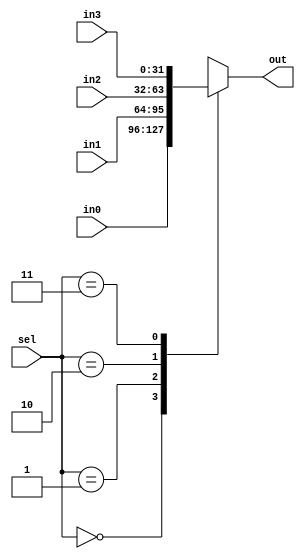
module mux_2_4 #(
    parameter WIDTH = 32
) (
    input [WIDTH-1:0] in0, in1, in2, in3,
    input[1:0] sel,
    output reg [WIDTH-1:0] out
);

    always @ (*) begin
		case(sel)
			2'b00: out = in0;
			2'b01: out = in1;
			2'b10: out = in2;
			2'b11: out = in3;
		endcase
	end
endmodule